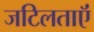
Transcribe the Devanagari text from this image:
जटिलताऍं